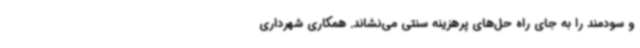
و سودمند را به جای راه حل‌های پرهزینه سنتی می‌نشاند. همکاری شهرداری